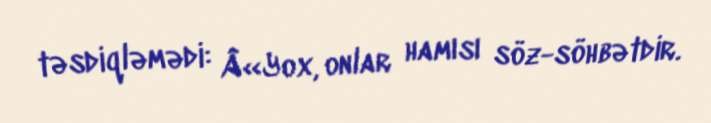
təsdiqləmədi: Â«Yox, onlar hamısı söz-söhbətdir.